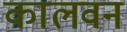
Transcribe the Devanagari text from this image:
कालवन